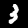
Label: 3